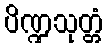
ပိဏ္ဍသုတ္တံ